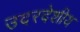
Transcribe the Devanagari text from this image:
उदरदेशीय